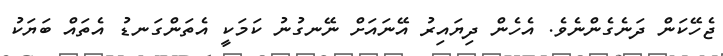
ޖެހޭކަން ދަނެގެންނެވެ. އެހެން ދިޔައިރު އޭނައަށް ނޭނގުނު ކަމަކީ އެތަންގަނޑު އެތައް ބަޔަކު